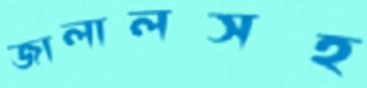
জালালসহ